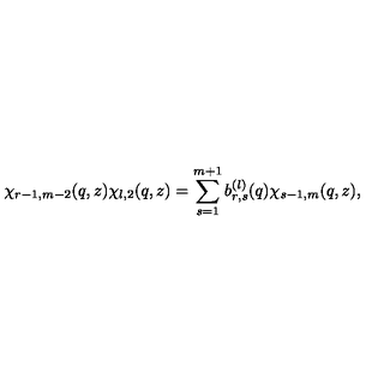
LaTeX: \chi _ { r - 1 , m - 2 } ( q , z ) \chi _ { l , 2 } ( q , z ) = \sum _ { s = 1 } ^ { m + 1 } b _ { r , s } ^ { ( l ) } ( q ) \chi _ { s - 1 , m } ( q , z ) ,